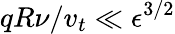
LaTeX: qR\nu/v_{t}\ll\epsilon^{3/2}